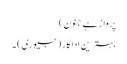
پرواز ہے جنون)
بہترین اداکار (جیوری) ۔